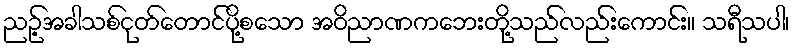
ညဉ့်အခါသစ်ငုတ်တောင်ပို့စသော အဝိညာဏကဘေးတို့သည်လည်းကောင်း။ သရီသပါ၊